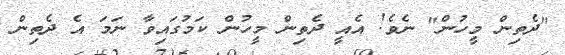
"ދެތިން މީހުން" ނެވެ! އެއީ ދެތިން މީހުން ކަމުގައިވާ ނަމަ އެ ދެތިން